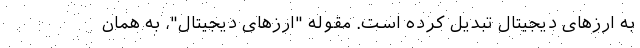
به ارزهای دیجیتال تبدیل کرده است. مقوله "ارزهای دیجیتال"، به همان